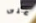
على